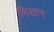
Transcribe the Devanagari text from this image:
मिसान